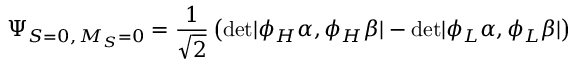
\Psi _ { S = 0 , \, M _ { S } = 0 } = \frac { 1 } { \sqrt 2 } \left( \mathrm { d e t } | \phi _ { H } \alpha , \phi _ { H } \beta | - \mathrm { d e t } | \phi _ { L } \alpha , \phi _ { L } \beta | \right)